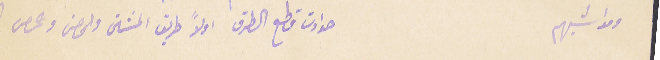
ومواشيهم   حوادث قطع الطرق اولاً طريق المشتى والحصن وحمص